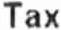
TAX